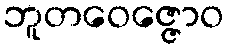
ဘူတဝေဇ္ဇောဝ